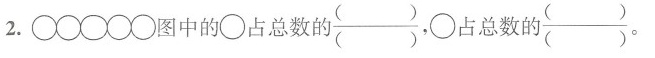
2.\circ \circ\circ\circ\circ图中的\circ占总数的\frac{（ ）}{（ ）} ，\circ占总数的\frac{（ ）}{（ ）} 。